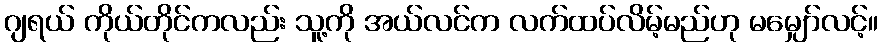
ဂျရယ် ကိုယ်တိုင်ကလည်း သူ့ကို အယ်လင်က လက်ထပ်လိမ့်မည်ဟု မမျှော်လင့်။